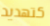
كتهديد